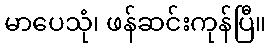
မာပေသုံ၊ ဖန်ဆင်းကုန်ပြီ။